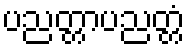
ပညတ္တာပညတ္တံ